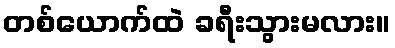
တစ်ယောက်ထဲ ခရီးသွားမလား။